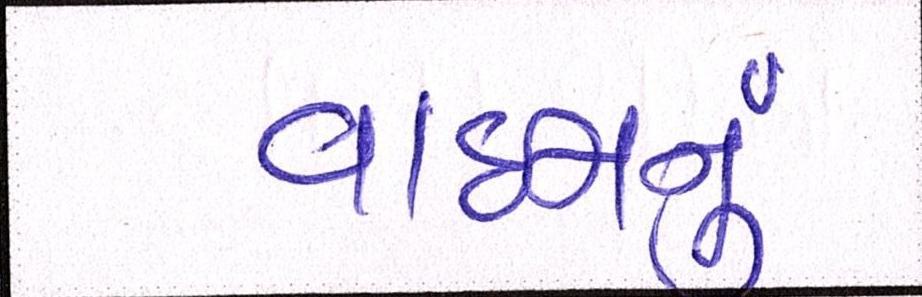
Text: વાઇનનું